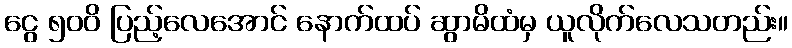
ငွေ ၅၀၀ိ ပြည့်လေအောင် နောက်ထပ် ဆွာမိထံမှ ယူလိုက်လေသတည်း။